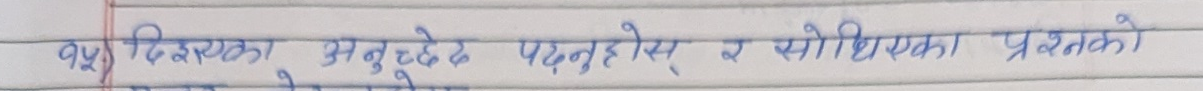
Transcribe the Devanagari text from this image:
१५) दिइएका अनुच्छेद पढ्नुहोस् र सोधिएका प्रश्नको